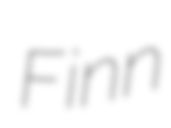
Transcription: Finn